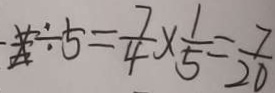
\div 5 = \frac { 7 } { 4 } \times \frac { 1 } { 5 } = \frac { 7 } { 2 0 }